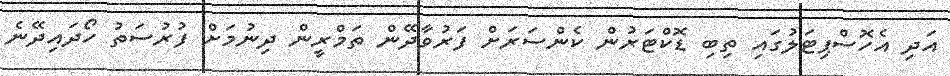
އަދި އެހޮސްޕިޓަލުގައި ތިބި ޑޮކްޓަރުން ކެންސަރަށް ފަރުވާދޭން ތަމްރީން ދިނުމަށް ފުރުސަތު ހޯދައިދޭނެ